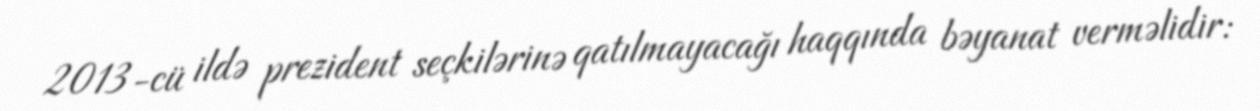
2013-cü ildə prezident seçkilərinə qatılmayacağı haqqında bəyanat verməlidir: